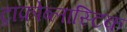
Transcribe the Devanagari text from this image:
ट्राफ़ोब्लास्टिक